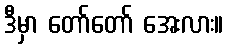
ဒီမှာ တော်တော် အေးလား။